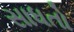
સાધતો